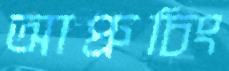
আপ্রুচিং